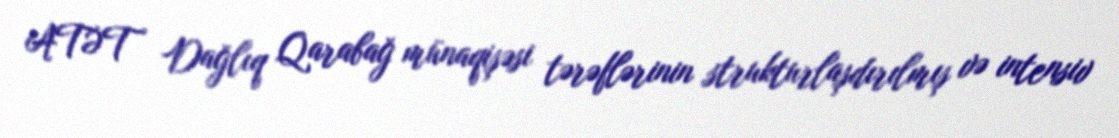
ATƏT Dağlıq Qarabağ münaqişəsi tərəflərinin strukturlaşdırılmış və intensiv